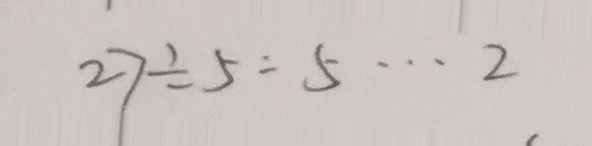
2 7 \div 5 = 5 \cdots 2